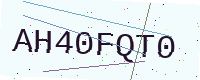
Text: AH40FQT0